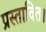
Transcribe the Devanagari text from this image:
प्रस्तावित।